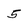
Character: 5